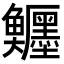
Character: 𩽦